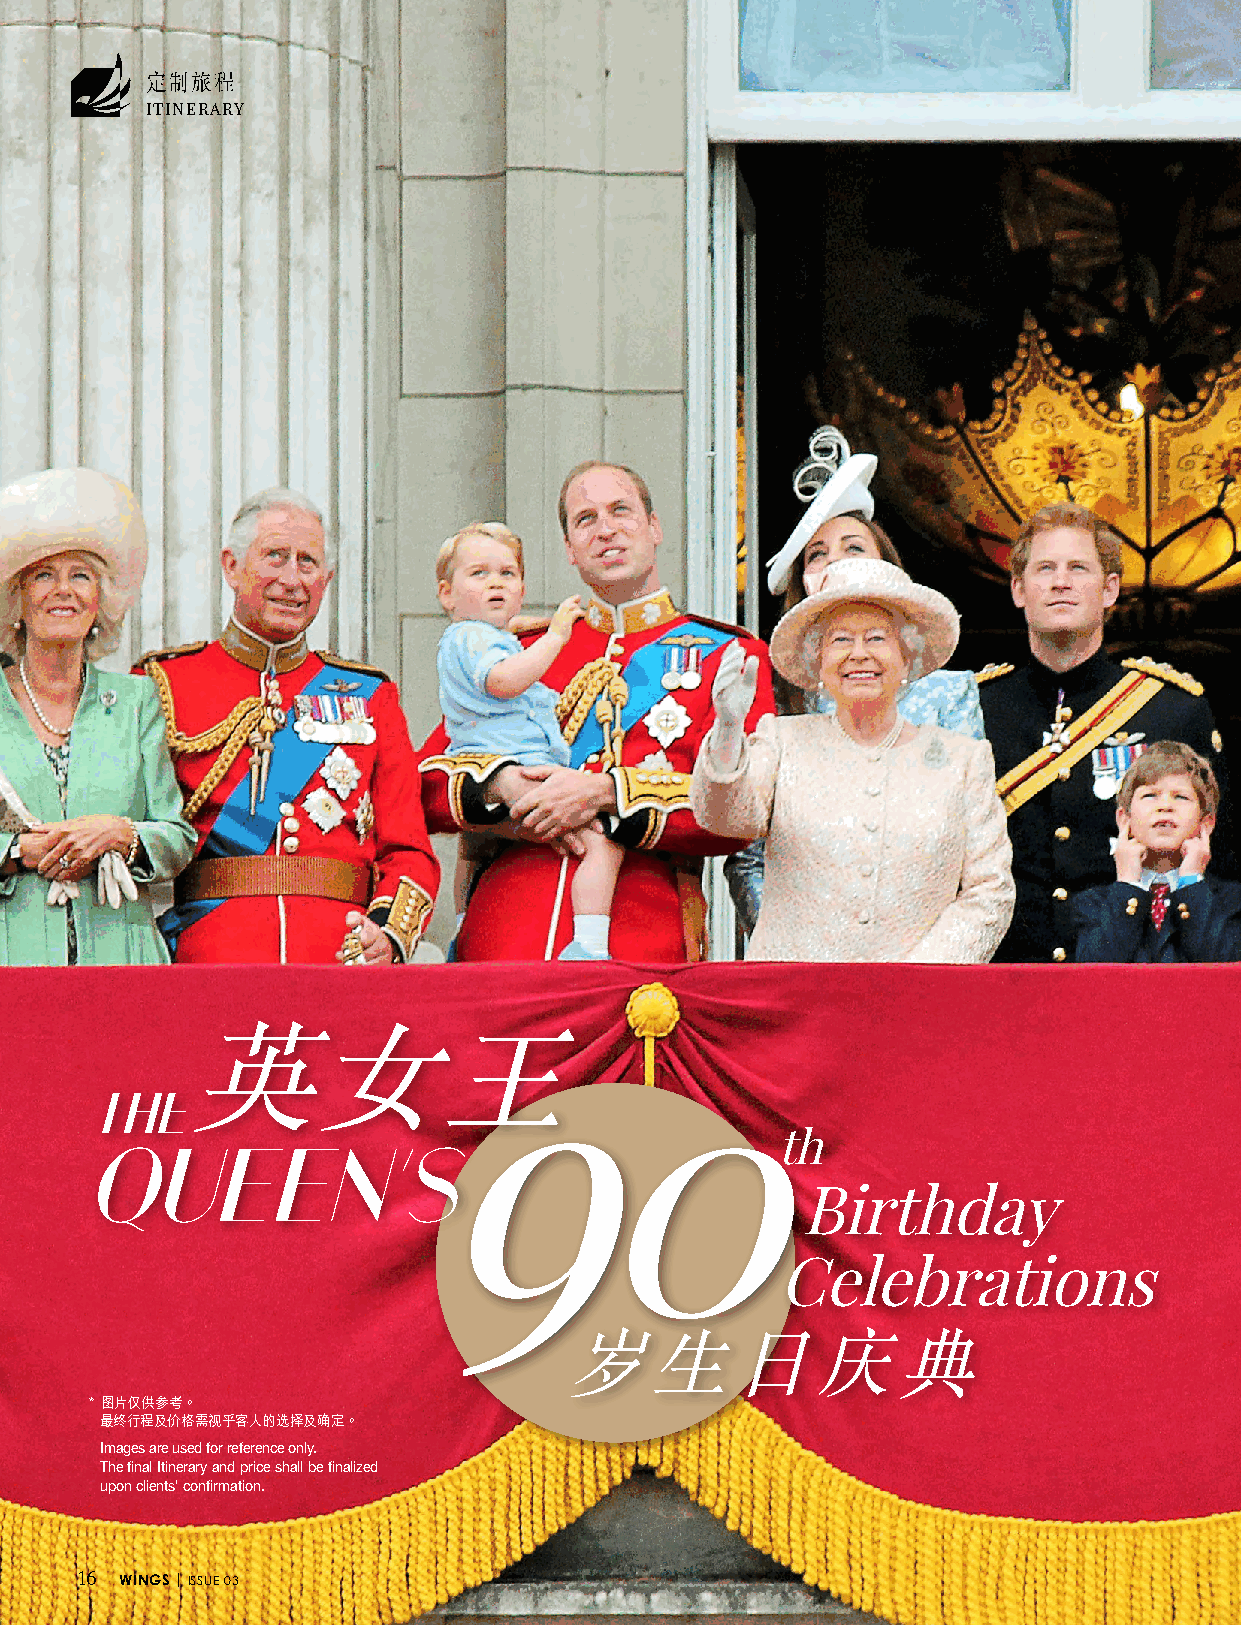
定制旅程
 ITINERARY
 9
 0
 THE英女王
 th
 QUEEN’S
 Birthday
 Celebrations
 岁生日庆典
 * 圖片僅供參考。
 最終行程及價格需視乎客人的選擇及確定。
 Images are used for reference only.
 The final Itinerary and price shall be finalized
 upon clients' confirmation.
 16 WINGS | ISSUE 03